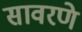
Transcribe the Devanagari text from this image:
सावरणे